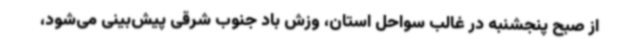
از صبح پنجشنبه در غالب سواحل استان، وزش باد جنوب شرقی پیش‌بینی می‌شود،